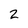
Character: 2